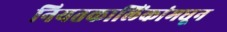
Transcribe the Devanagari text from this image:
नियतकालिंकांमधून